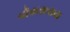
વૉયસરાય